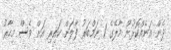
ދެން އަނެއްކޮޅުން މާލޭގެ 1 ނަމްބަރު ފާލަން ކައިރި އަށް ވެސް މިހާރު